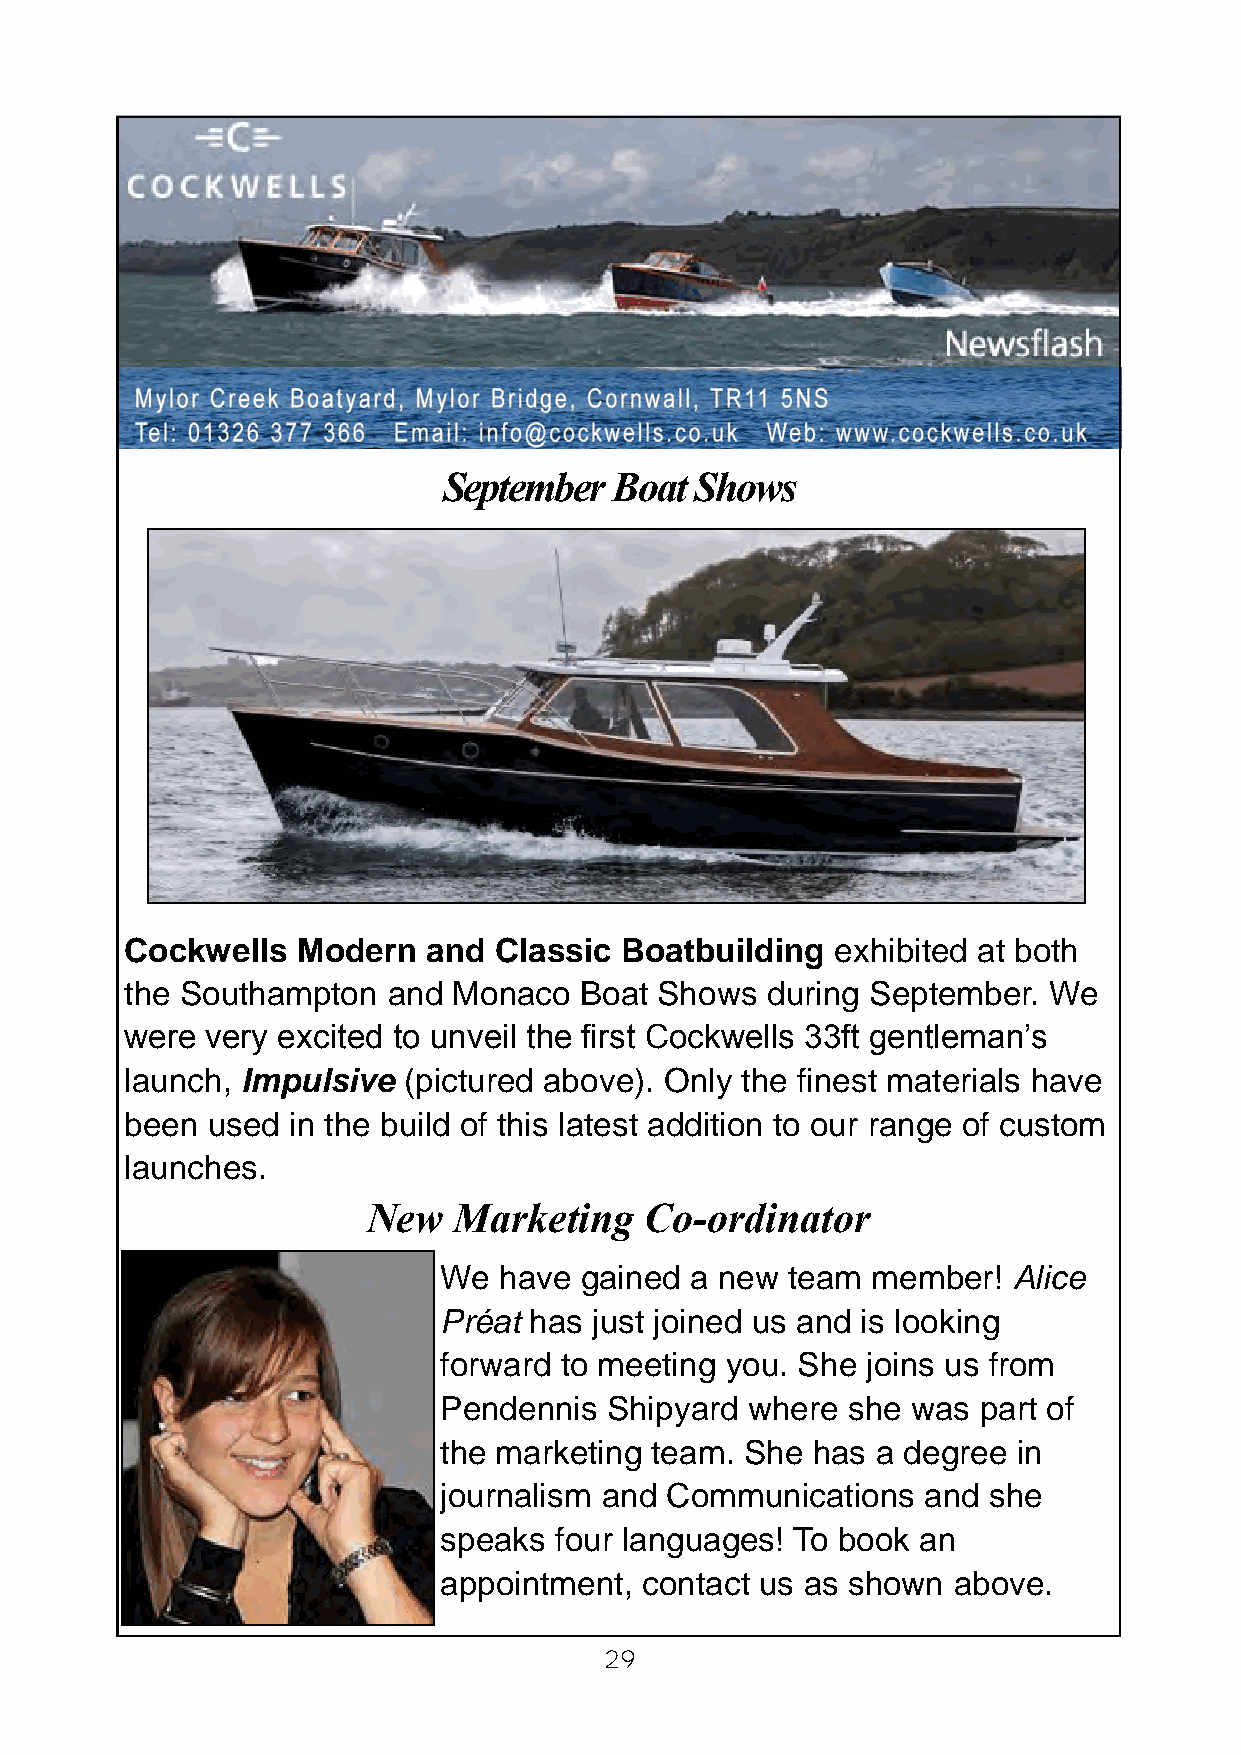
September   Boat Shows
 Cockwells   Modern  and  Classic Boatbuilding  exhibited at both
 the Southampton   and Monaco  Boat  Shows  during September. We
 were  very excited to unveil the first Cockwells 33ft gentleman’s
 launch, Impulsive  (pictured above). Only the finest materials have
 been  used in the build of this latest addition to our range of custom
 launches.
 New   Marketing    Co-ordinator
 We  have gained  a new team  member!  Alice
 Préat has just joined us and is looking
 forward to meeting you. She joins us from
 Pendennis  Shipyard where  she was  part of
 the marketing team. She  has a degree in
 journalism and Communications   and she
 speaks  four languages! To book an
 appointment, contact us as shown  above.
 29